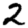
Digit: 2